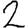
Digit: 2